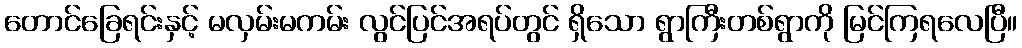
တောင်ခြေရင်းနှင့် မလှမ်းမကမ်း လွင်ပြင်အရပ်တွင် ရှိသော ရွာကြီးတစ်ရွာကို မြင်ကြရလေပြီ။